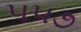
૫૫૭